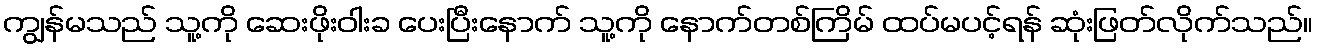
ကျွန်မသည် သူ့ကို ဆေးဖိုးဝါးခ ပေးပြီးနောက် သူ့ကို နောက်တစ်ကြိမ် ထပ်မပင့်ရန် ဆုံးဖြတ်လိုက်သည်။